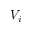
V _ { i }